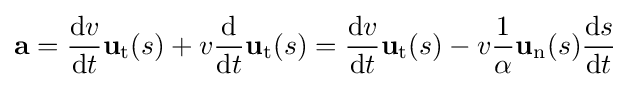
\mathbf {a} ={\frac {\mathrm {d} v}{\mathrm {d} t}}\mathbf {u} _{\mathrm {t} }(s)+v{\frac {\mathrm {d} }{\mathrm {d} t}}\mathbf {u} _{\mathrm {t} }(s)={\frac {\mathrm {d} v}{\mathrm {d} t}}\mathbf {u} _{\mathrm {t} }(s)-v{\frac {1}{\alpha }}\mathbf {u} _{\mathrm {n} }(s){\frac {\mathrm {d} s}{\mathrm {d} t}}